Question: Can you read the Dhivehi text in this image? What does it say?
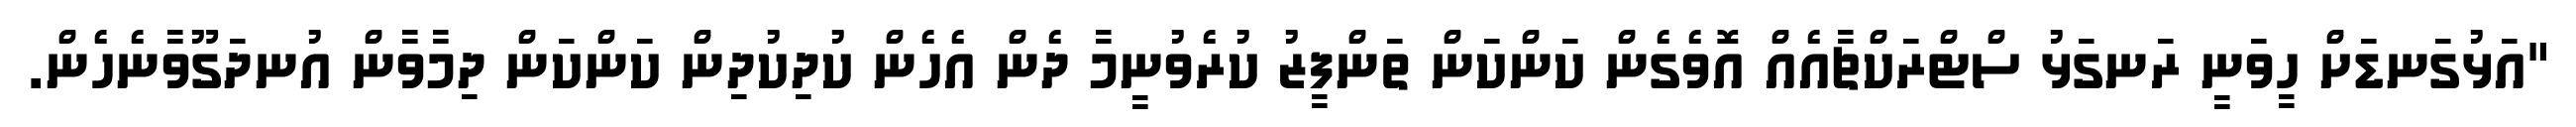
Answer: "އަޅުގަނޑަށް ހީވަނީ ރަނގަޅު ސްޓްރަކްޗާއެއް އޮވެގެން ކަންކަން ތަންފީޒު ކުރެވުނީމާ ދެން އެހެން ކުދިކުދިން ކަންކަން ދިމާވާން އުނދަގޫވާނެހެން.